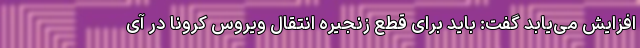
افزایش می‌یابد گفت: باید برای قطع زنجیره انتقال ویروس کرونا در آی